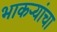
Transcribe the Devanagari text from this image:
भाकऱ्यांचा